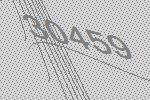
30459